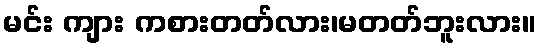
မင်း ကျား ကစားတတ်လား၊မတတ်ဘူးလား။